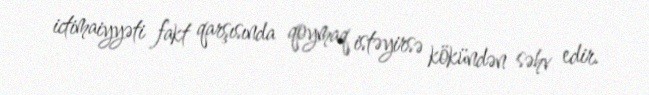
ictimaiyyəti fakt qarşısında qoymaq istəyirsə kökündən səhv edir.